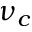
\nu _ { c }